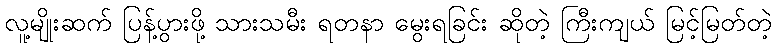
လူ့မျိုးဆက် ပြန့်ပွားဖို့ သားသမီး ရတနာ မွေးရခြင်း ဆိုတဲ့ ကြီးကျယ် မြင့်မြတ်တဲ့